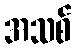
အသစ်